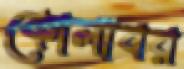
কোলাবর